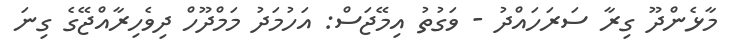
މާޅެންދޫ ގިރާ ސަރަހައްދު - ވަގުތު އިމޭޖަސް: އަހުމަދު މަމްދޫހް ދިވެހިރާއްޖޭގެ ގިނަ